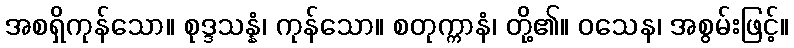
အစရှိကုန်သော။ စုဒ္ဒသန္နံ၊ ကုန်သော။ စတုက္ကာနံ၊ တို့၏။ ဝသေန၊ အစွမ်းဖြင့်။